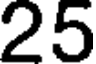
25